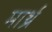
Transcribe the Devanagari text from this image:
मार्थ्र